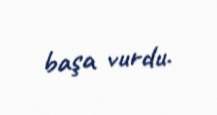
başa vurdu.